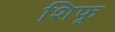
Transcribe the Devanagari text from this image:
शिफू